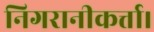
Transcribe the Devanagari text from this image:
निगरानीकर्त्ता।